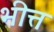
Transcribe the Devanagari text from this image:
भीत्त